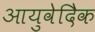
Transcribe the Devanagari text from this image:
आयुवेदिेक